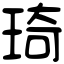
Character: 琦